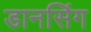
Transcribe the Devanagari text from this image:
डानसिंग